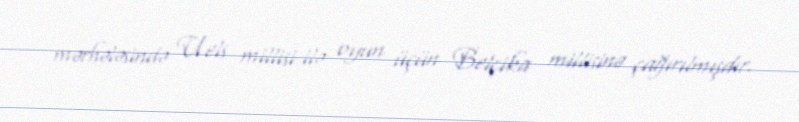
mərhələsində Uels millisi ilə oyun üçün Belçika millisinə çağırılmışdır.